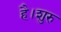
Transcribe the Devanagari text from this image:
है।शुरु